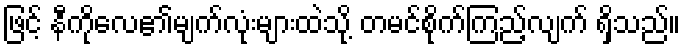
ဖြင့် နီကိုလေ၏မျက်လုံးများထဲသို့ တမင်စိုက်ကြည့်လျက် ရှိသည်။